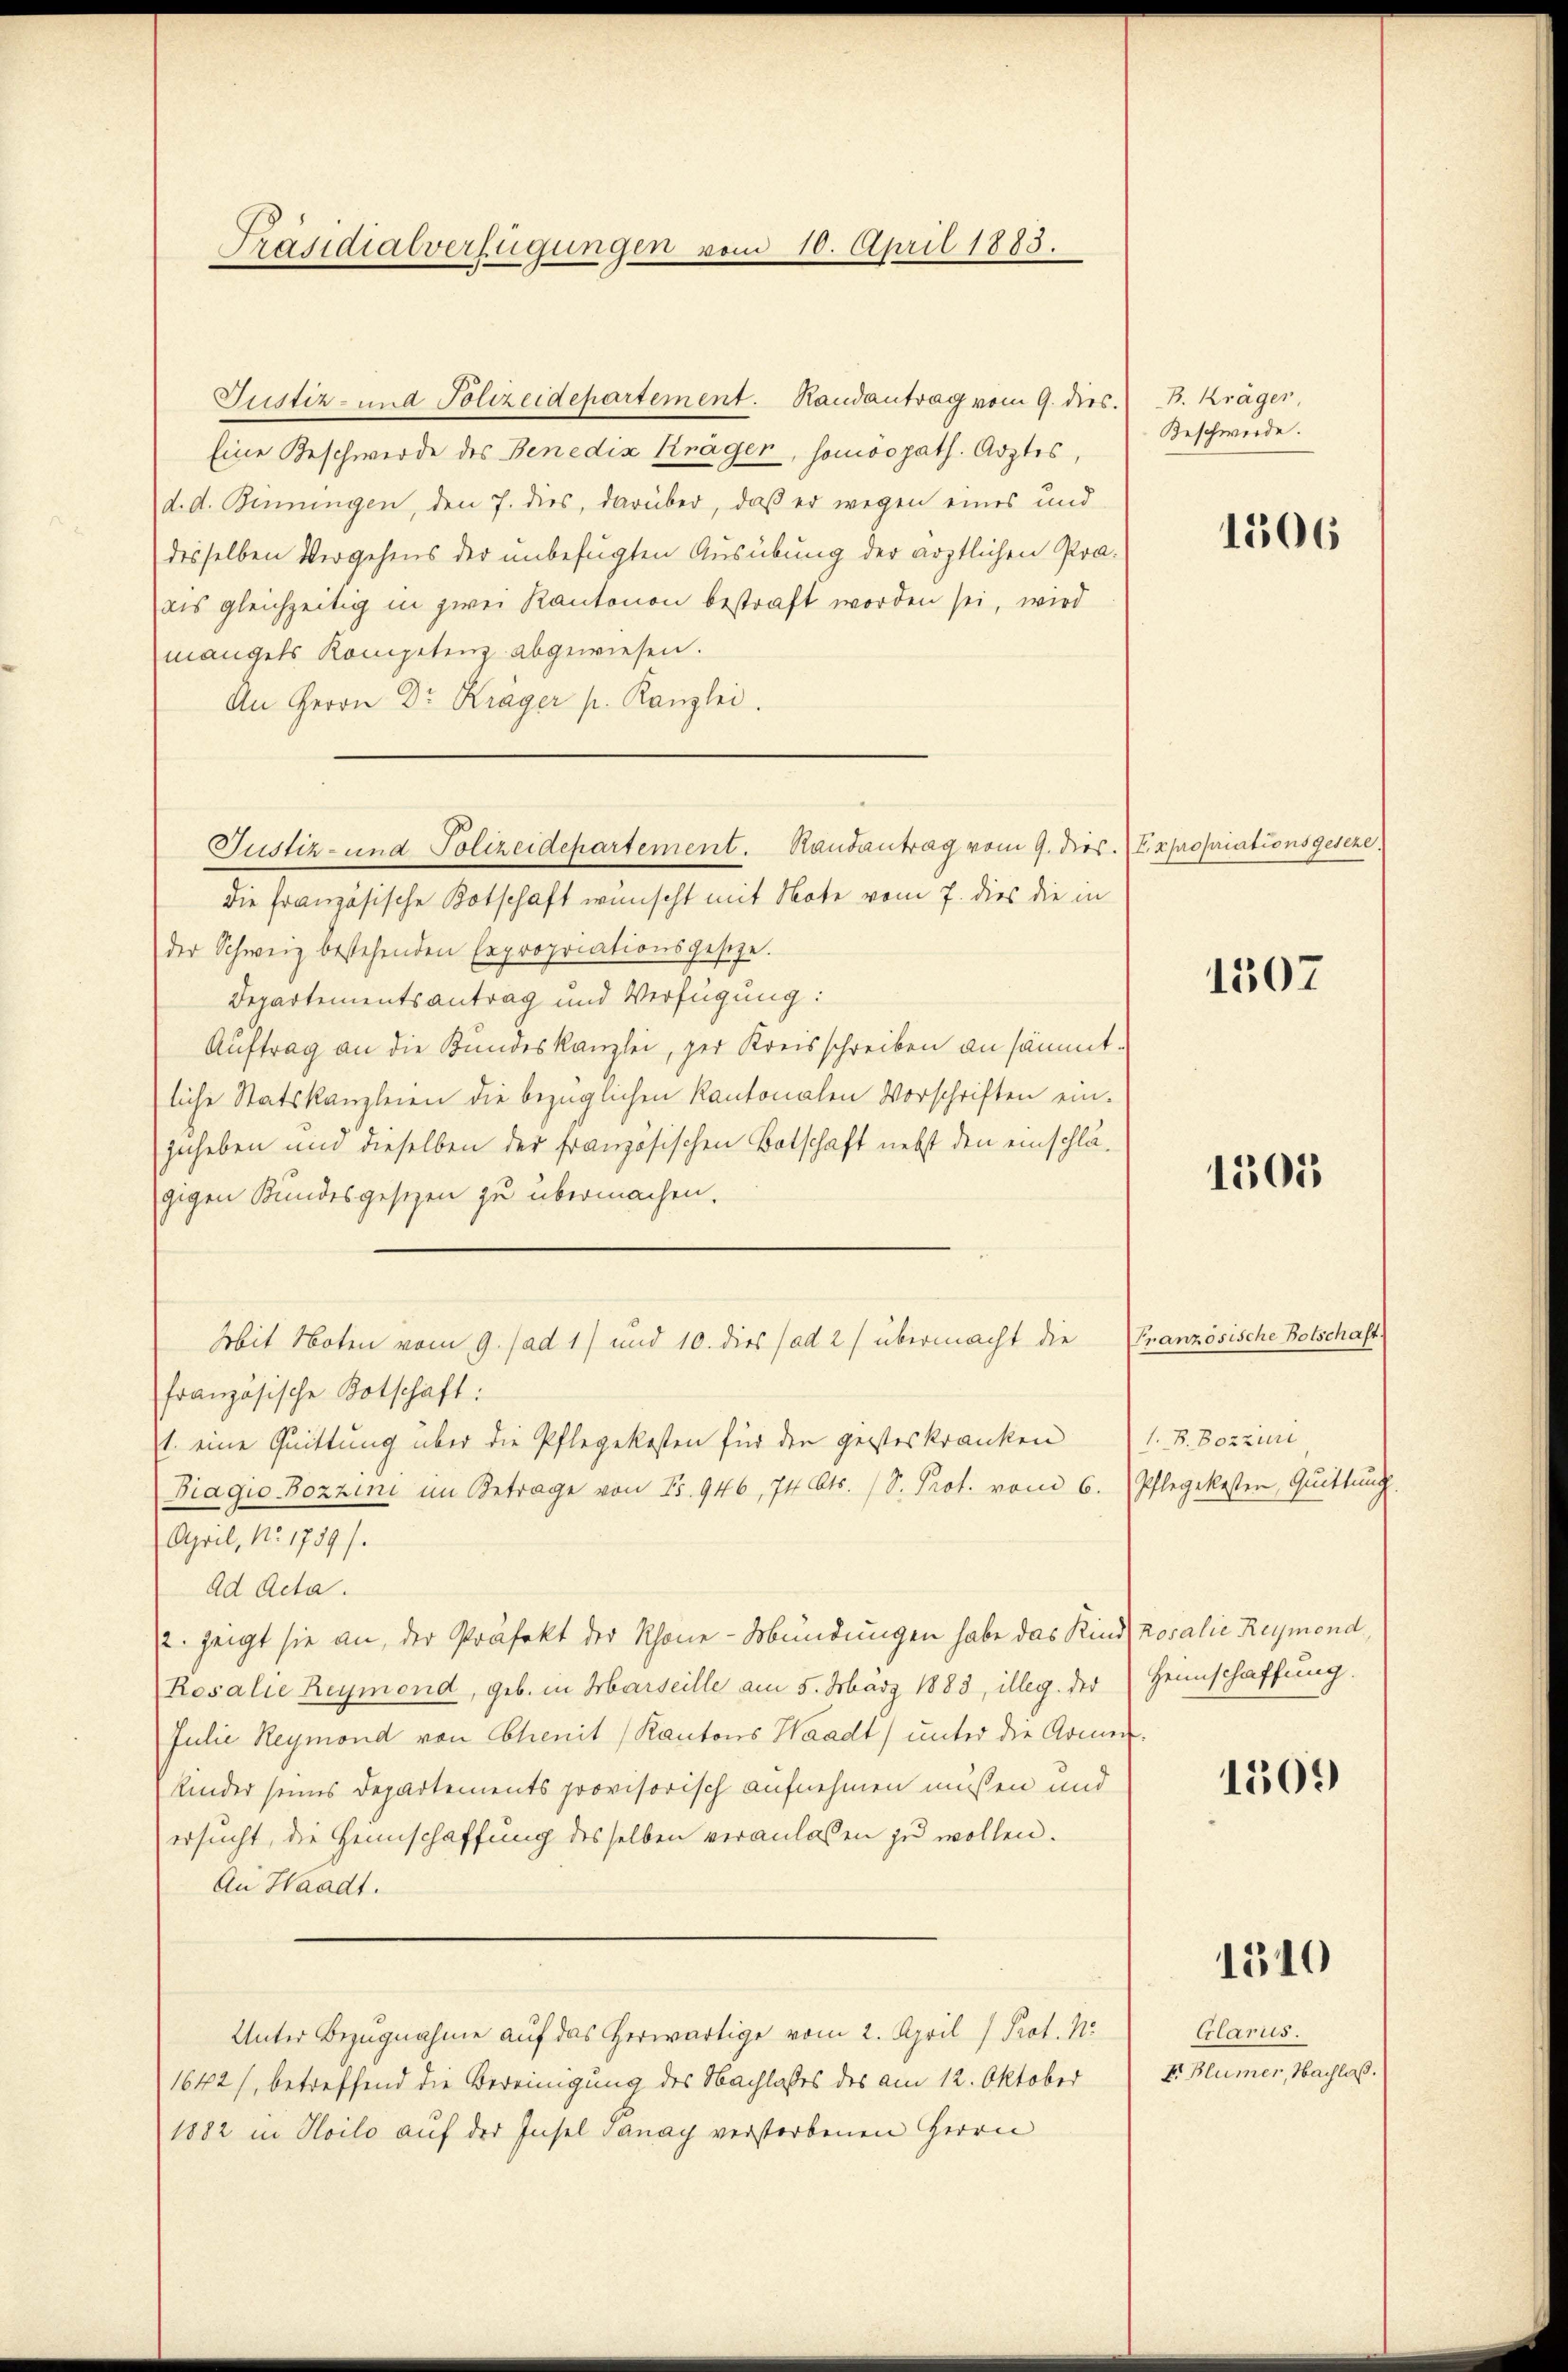
Präsidialverfügungen vom 10. April 1883.

Justiz- und Polizeidepartement. Handantrag vom 9. dies.
Eine Beschwerde des Benedix Krägen, somoopath. Arztes,
d. d. Binningen, den 7. dies, darüber, daß er wegen eines und
desselben Vergehens der unbefugten Ausübung der ärztlichen Praals gleichzeitig in zwei Kantonen bestraft worden sei, wird
mangels Kompetenz abgewiesen.
An Herrn Dr. Krager p. Kanzlei.
Die französische Botschaft wünscht mit Note vom 7. dies die in
der Schweiz bestehenden Expropriationsgesetze.
Departementsantrag und Verfügung:
Auftrag an die Kundeskanzlei, der Kreisschreiben an sämmtliche Statskanzleien die bezüglichen Kantonalen Vorschriften ein-
zuheben und dieselben der französischen Botschaft nebst den einschlägigen Bundesgesezen zu übermachen.
Mit Noten vom 9. ad 1) und 10. dies (ad 2) übermacht die
französische Botschaft:
1. eine Quittung über die Pflegekosten für den geisteskranken (1. 8. Bozzini
Biagio-Bozzini im Betrage von Fr. 946, 74 Cts. (S. Prot. vom 6. (Pflegekosten, Quittung.
April, No. 1759).
Ad Acta.
12. zeigt sie an, der Präfekt der Schöne-Mündungen habe das Kind (Rosalie Reymond,
Resalie Reymond, geb. in Marseille am 5. März 1883, illeg. der Heimschaffung.
Julie Reymond von Chenit (Kantons Waadt unter die Armen-
Kinder seines Departements provisorisch aufnehmen müßen und
ersucht, die Heimschaffung desselben veranlassen zu wollen.
An Waadt.
Unter Bezugnahme auf das herwärtige vom 2. April / Prot. N.
1642/, betreffend die Vereinigung des Nachlasses des am 12. Oktober
1882 in Hoilo auf der Insel danay verstorbenen Herrn

Justiz- und Polizeidepartement. Randantrag vom 9. dies. (Expropriationsgeseze,

B. Kräger
Beschwerde.

1506

1507

1501

Französische Botschaft.

1509

1310

Glarus.
E. Blümer, Nachlaß.